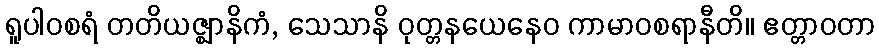
ရူပါဝစရံ တတိယဇ္ဈာနိကံ, သေသာနိ ဝုတ္တနယေနေဝ ကာမာဝစရာနီတိ။ ဧတ္တာဝတာ